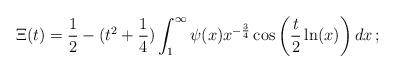
LaTeX: \begin{align*}\Xi(t) = \frac{1}{2}-(t^2+\frac{1}{4})\int_1^\infty \psi(x)x^{-\frac{3}{4}}\cos\left(\frac{t}{2}\ln(x)\right) dx \, ;\end{align*}